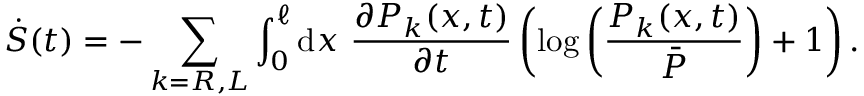
\dot { S } ( t ) = - \sum _ { k = R , L } \int _ { 0 } ^ { \ell } \mathrm { d } x ~ \frac { \partial P _ { k } ( x , t ) } { \partial t } \left( \log \left( \frac { P _ { k } ( x , t ) } { \bar { P } } \right) + 1 \right) .